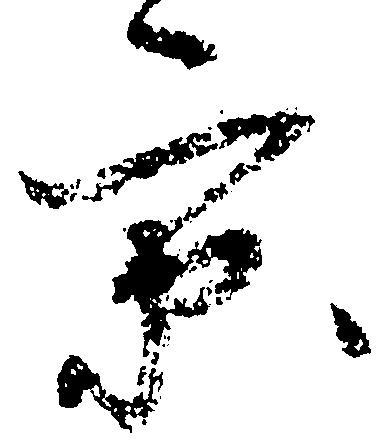
京